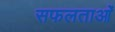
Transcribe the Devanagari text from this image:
सफलताआंे